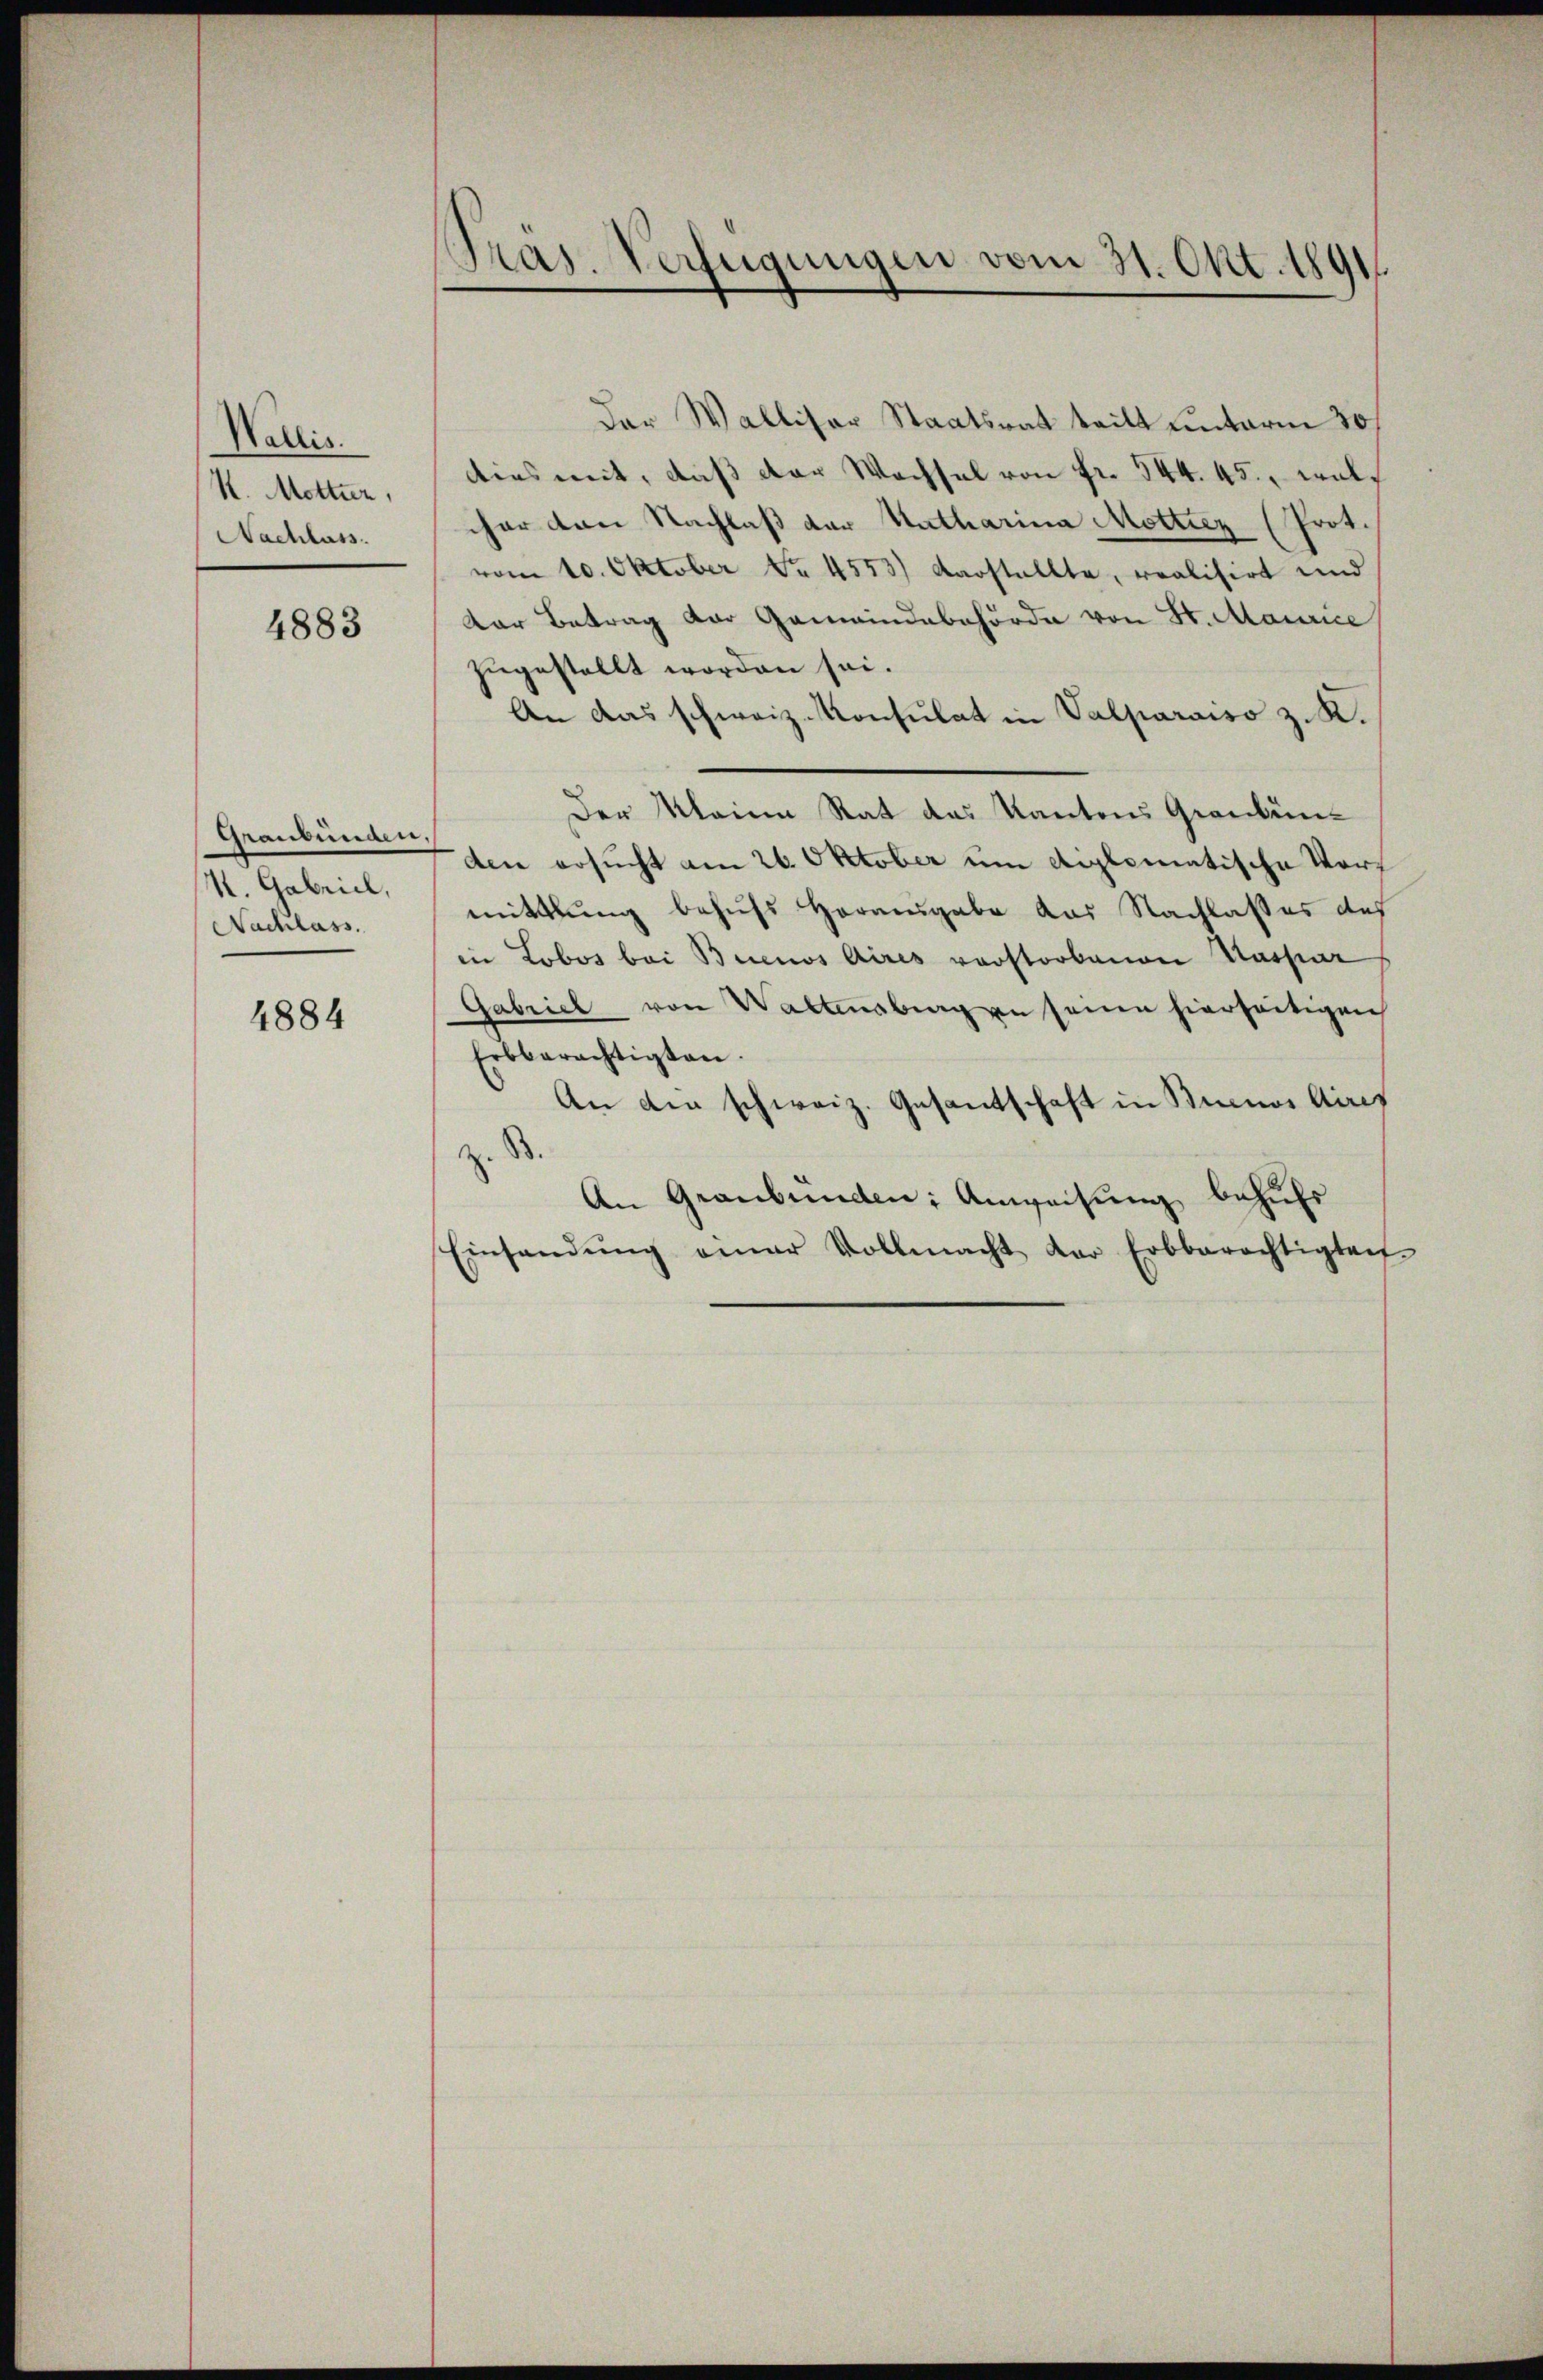
Wallis.
K. Mottier,
Nachlass.

4883

Graubünden,
M. Gabriel,
Nachlass.

4884

Pras. Verfügungen vom 31. Okt. 1891

der Walliser Staatsrat teilt unterm 30/
dies mit, daß der Wachsel von Fr. 544. 45., welcher von Nachlaß der Katharina Motticz (Prot.
vom 10. Oktober Nr. 4553) Darstellte, realisirt und
Dar Betrag der Gemeindebehörde von St. Maurice
zugestellt worden sei.
An das schweiz. Konsulat in Valparaiso z. K.
Der Meine Rat das Kantons Grondünden ersucht am 26. Oktober um diplomatische Vormittlung behufs Herausgabe das Nachlasses des
in Lobos bei Buenos Aires vorstorbenen Kassar
Gabriel von Waltensberg in seine hierseitigen
Erbberechtigten.
An die schweiz. Gesantschaft in Sinnos Aires
z. B.
An Graubünden: Anweisung behufs
Einsandŭng einer Vollmacht der Erbberechtigteit